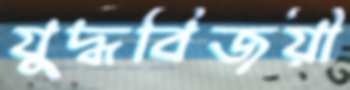
যুদ্ধবিজয়ী